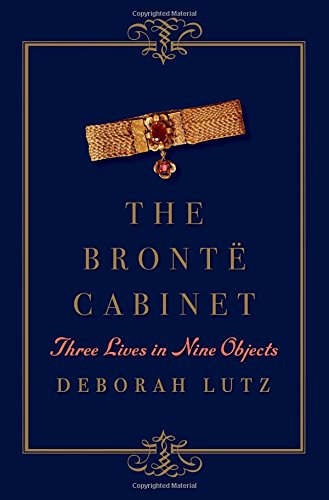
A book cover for The BrontÃ« Cabinet: Three Lives in Nine Objects; Deborah Lutz; Literature & Fiction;